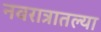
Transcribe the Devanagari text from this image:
नवरात्रातल्या